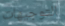
التوجيهات